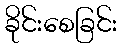
ခိုင်းစေခြင်း